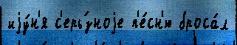
иjу́н'я с'ерь́зноjе п'е́сн'ю броса́л